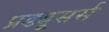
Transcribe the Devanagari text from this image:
प्रड्यूसर्स